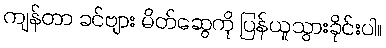
ကျန်တာ ခင်ဗျား မိတ်ဆွေကို ပြန်ယူသွားခိုင်းပါ။